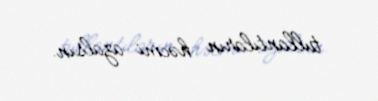
tullantıların həcmi azalsın.